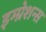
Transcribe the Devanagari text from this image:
इम्प्रेशन्स